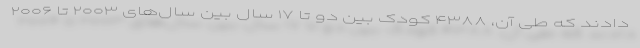
دادند که طی آن، ۴۳۸۸ کودک بین دو تا ۱۷ سال بین سال‌های ۲۰۰۳ تا ۲۰۰۶